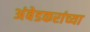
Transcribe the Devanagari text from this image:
अंबेडकरांच्या